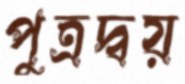
পুত্রদ্বয়